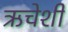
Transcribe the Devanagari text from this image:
ऋचेशी